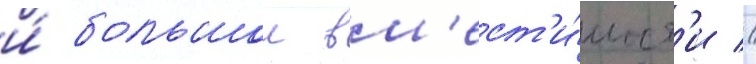
и́ большои вм'ест'и́мост'и //